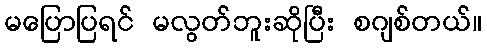
မပြောပြရင် မလွတ်ဘူးဆိုပြီး စဂျစ်တယ်။